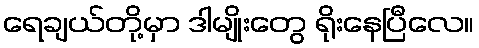
ရေချယ်တို့မှာ ဒါမျိုးတွေ ရိုးနေပြီလေ။